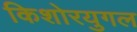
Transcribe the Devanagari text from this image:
किशोरयुगल